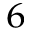
^ 6